Medical and sanitary report of the native army of Bengal for the year
Year: 1876
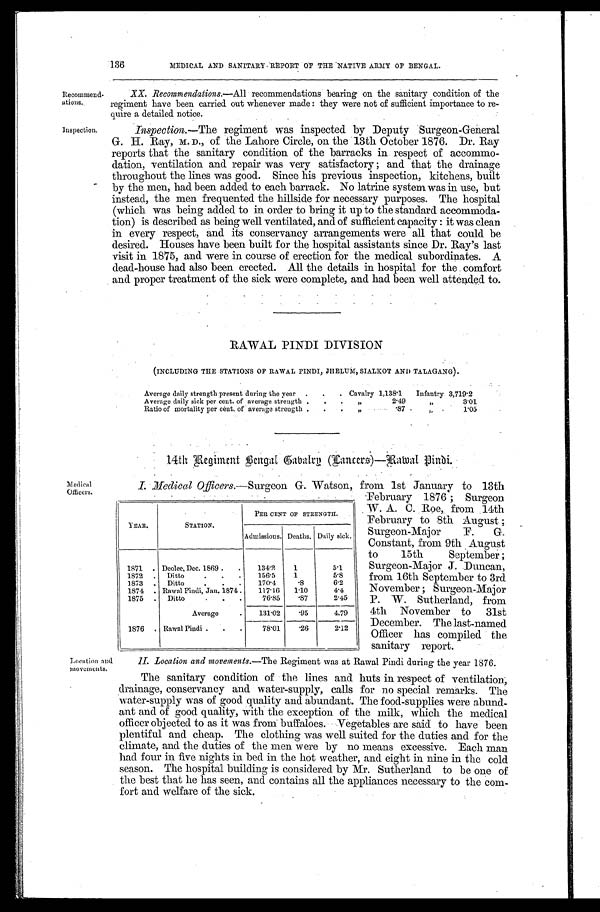
Recommend
- a t i o n s .
Inspection.
136
MEDICAL AND SANITARY REPORT OF THE NATIVE ARMY OF BENGAL.
XX. Recommendations.—All recommendations bearing on the sanitary condition of the
regiment have been carried out whenever made: they were not of sufficient importance to re
- q u i r e a d e t a i l e d n o t i c e .
Inspection.—The regiment was inspected by Deputy Surgeon-General
G. H. Ray, M. D., of the Lahore Circle, on the 13th October 1876. Dr. Ray
reports that the sanitary condition of the barracks in respect of accommo
- d a t i o n , v e n t i l a t i o n a n d r e p a i r w a s v e r y s a t i s f a c t o r y ; a n d t h a t t h e d r a i n a g e
throughout the lines was good. Since his previous inspection, kitchens, built
by the men, had been added to each barrack. No latrine system was in use, but
instead, the men frequented the hillside for necessary purposes. The hospital
(which was being added to in order to bring it up to the standard accommoda
- t i o n ) i s d e s c r i b e d a s b e i n g w e l l v e n t i l a t e d , a n d o f s u f f i c i e n t c a p a c i t y : i t w a s c l e a n
in every respect, and its conservancy arrangements were all that could be
desired. Houses have been built for the hospital assistants since Dr. Ray's last
visit in 1875, and were in course of erection for the medical subordinates. A
dead-house had also been erected. All the details in hospital for the comfort
and proper treatment of the sick were complete, and had been well attended to.
RAWAL PINDI DIVISION
(INCLUDING THE STATIONS OF RAWAL PINDI, JHELUM, SIALKOT AND TALAGANG).
Average daily strength present during the year
Cavalry 1,138.1
Infantry 3,719.2
Average daily sick per cent. of average strength
„
2 . 4 9
„ 3.01
Ratio of mortality per cent. of average strength
„
.
87
„ 1.05
14th Regiment Bengal Gabalry (Lancers)
- R a w a l P i n d i .
Medical
Officers.
I. Medical Officers.—Surgeon G. Watson, from. 1st January to 13th
YEAR.
STATION.
PER CENT OF STRENGTH.
Admissions. Deaths. Daily sick.
1871
Deolee, Dec. 1869
134.2
1
5.1
1872
Ditto
156.5
1
5.8
1873
Ditto
170.4
.8
6.2
1874
Rawal Pindi, Jan. 1874.
117.16 1.10
4.4
1875
Ditto
76.85 .87
2.45
Average
131.02
.95
4.79
1876
Rawal Pindi
78.01
.26
2.12
February 1876; Surgeon
W. A. C. Roe, from 14th
February to 8th August;
Surgeon-Major F. G.
Constant, from 9th August
to 15th September;
Surgeon-Major J. Duncan,
from 16th September to 3rd
November; Surgeon-Major
P. W. Sutherland, from
4th November to 31st
December. The last-named
Officer has compiled the
sanitary report.
Location and
movements.
II. Location and movements. —The Regiment was at Rawal Pindi during the year 1876.
The sanitary condition of the lines and huts in respect of ventilation,
drainage, conservancy and water-supply, calls for no special remarks. The
water-supply was of good quality and abundant. The food-supplies were abund
-ant and of good quality, with the exception of the milk, which the medical
officer objected to as it was from buffaloes. Vegetables are said to have been
plentiful and cheap. The clothing was well suited for the duties and for the
climate, and the duties of the men were by no means excessive. Each man
had four in five nights in bed in the hot weather, and eight in nine in the cold
season. The hospital building is considered by Mr. Sutherland to be one of
the best that he has seen, and contains all the appliances necessary to the com
-fort and welfare of the sick.